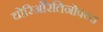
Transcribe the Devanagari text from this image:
चोरिओरेतिनोपथ्य